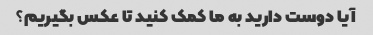
آیا دوست دارید به ما کمک کنید تا عکس بگیریم؟